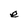
Character: e